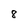
Character: 8